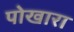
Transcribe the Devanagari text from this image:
पोखारा